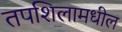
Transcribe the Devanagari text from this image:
तपशिलामधील